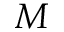
M